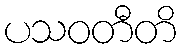
ပသဝတီတိ